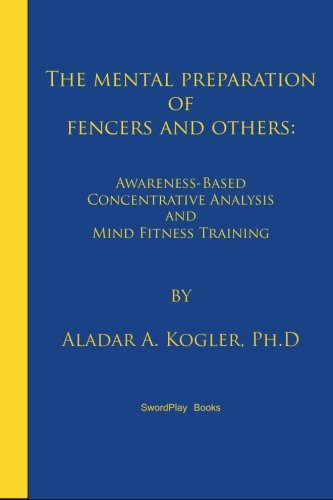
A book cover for The Mental Preparation Of Fencers and Others: Awareness-based Concentrative Analysis (A-COAN) and Mind Fitness Training; Aladar A. Kogler; Sports & Outdoors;